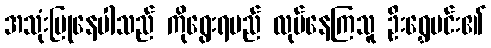
အသုံးပြုနေပါသည် ကိုရွေးရမည် လုပ်နေကြသူ ဦးရွှေမင်း၏